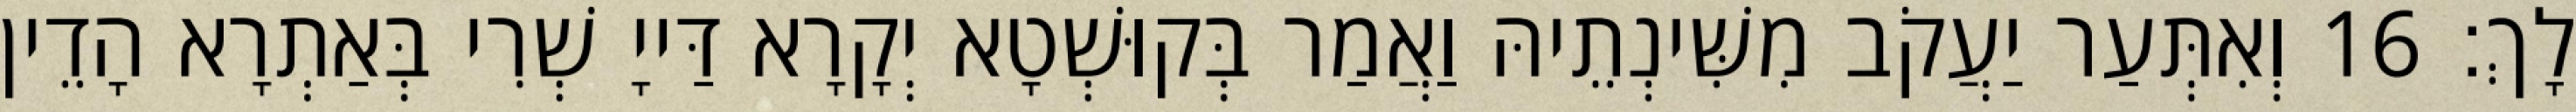
לָךְ׃ 16 וְאִתְּעַר יַעֲקֹב מִשִּׁינְתֵיהּ וַאֲמַר בְּקוּשְׁטָא יְקָרָא דַּייָ שְׁרִי בְּאַתְרָא הָדֵין